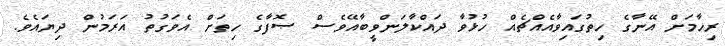
ރިހާމަށް އޭނާގެ ހިތުގައިވާއެއްޗެއް ހުޅުވާ ދައްކާލަންވީބާއޭވެސް ޞޮފާގެ ހިތަށް އެވަގުތު އަރަމުން ދިޔައެވެ.